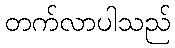
တက်လာပါသည်